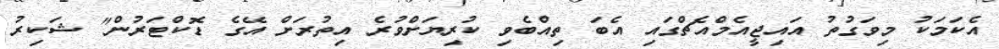
އެކަމަކު މިވަގުތު އައިޖީއެމްއެޗްގައި އެބަ ތިއްބެވި ކުރިޔަށްވުރެ އިތުރަށް އޭގެ ޑޮކްޓަރުން" ޝަކިރު